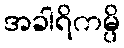
အခါရိကမ္ပိ